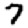
Digit: 7